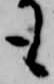
も